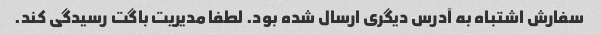
سفارش اشتباه به آدرس دیگری ارسال شده بود. لطفا مدیریت باگت رسیدگی کند.